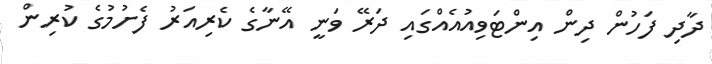
ދާދި ފަހުން ދިން އިންޓަވިއުއެއްގައި ދަރޭ ވަނީ އޭނާގެ ކެރިއަރު ފެށުމުގެ ކުރިން